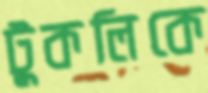
টুকলিকে